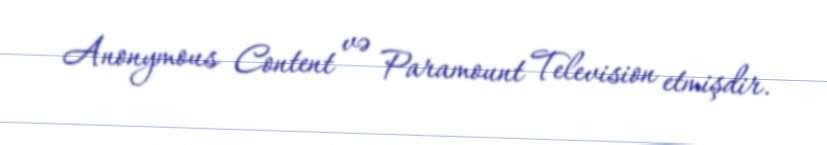
Anonymous Content və Paramount Television etmişdir.